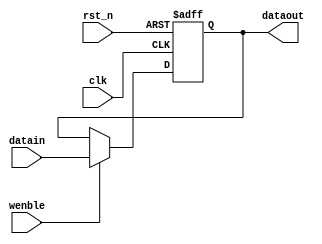
/*
 * *****************************************************************
 * Project: xxx
 * File Created: 2018/11/25 06:54
 * *****
 * Modified By: AAM ( aam.you@gmail.com )
 * *****
 * Copyright 2018 - 2018  Project xxx
 * *****************************************************************
 * Description:
 *    R/W 
 * *****************************************************************
 * HISTORY:
 * Date      	By    	Comments
 * ----------	------	--------------------------------------------
 * 2018/11/25	AAM     First Version
 * *****************************************************************
 */

module reg_rw (
    clk, rst_n,
    wenble,
    datain, dataout
    );

    parameter XLEN = 32;
    parameter INIVAL = {XLEN{1'b0}};

    input   clk;                    // Clock
    input   rst_n;                  // Reset
    input   wenble;                 // 
    input   [XLEN-1:0] datain;      // 
    output  [XLEN-1:0] dataout;     // 

    reg     [XLEN-1:0] data;        // 

    always @(posedge clk or negedge rst_n) begin
        if(~rst_n)
            data <= INIVAL;
        else if(wenble)
            data <= datain;
        else
            data <= data;
    end

    assign dataout = data;

endmodule // reg_rw